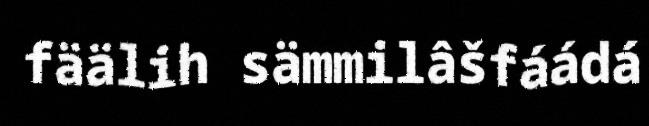
fäälih sämmilâšfáádá